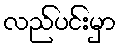
လည်ပင်းမှာ